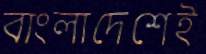
বাংলাদেশেই